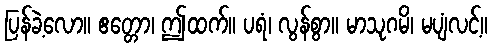
ပြန်ခဲ့လော။ ဧတ္တော၊ ဤထက်။ ပရံ၊ လွန်စွာ။ မာသုဂမိ၊ မပျံလင့်။